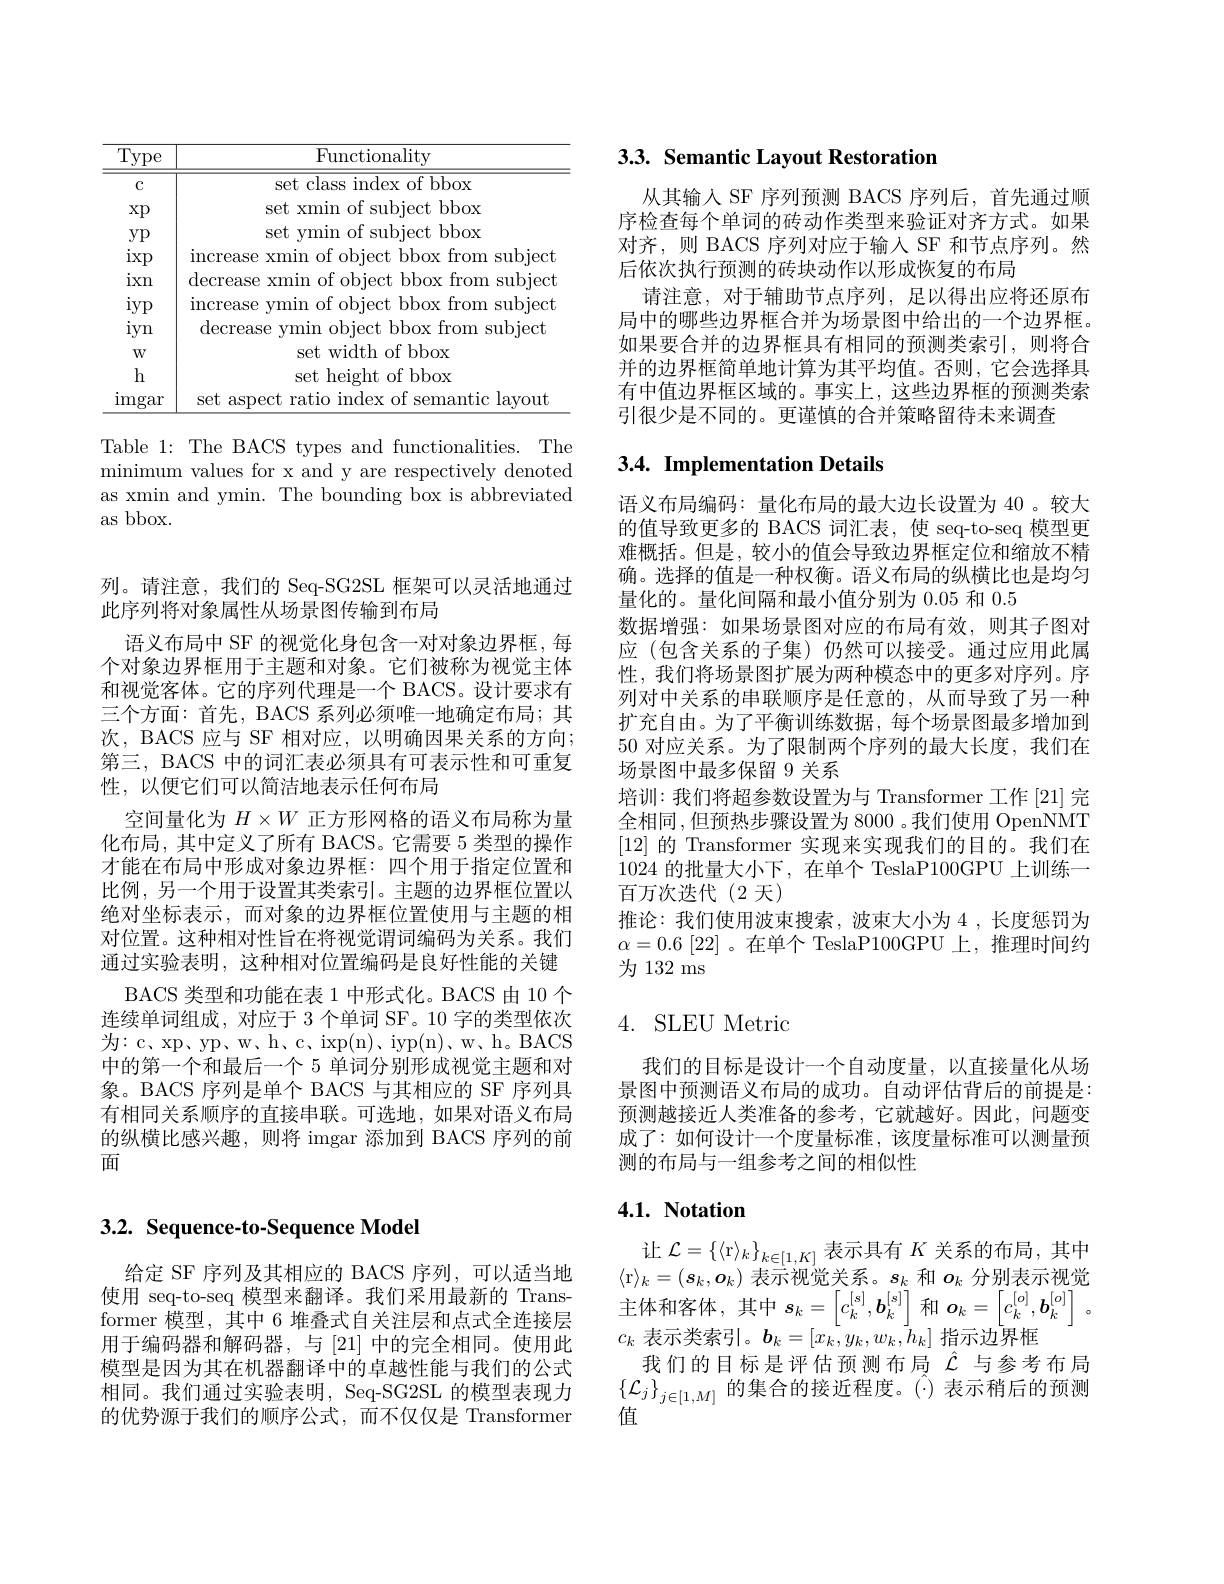
<table>
	<tbody>
		<tr>
			<th>$\underline{Type}$</th>
			<th>Functionality</th>
		</tr>
		<tr>
			<td>C</td>
			<td>set class index of bbox</td>
		</tr>
		<tr>
			<td>$Xp$</td>
			<td>set xmin of subject bbox</td>
		</tr>
		<tr>
			<td>$yp$</td>
			<td>set ymin of subject bbox</td>
		</tr>
		<tr>
			<td>$\operatorname{ixp}$</td>
			<td>crease xmin of object bbox from subject </td>
		</tr>
		<tr>
			<td>ixn</td>
			<td>crease xmin of object bbox from subject</td>
		</tr>
		<tr>
			<td>$1^{\cdot}$</td>
			<td>of obiect bbox from subject rease min </td>
		</tr>
		<tr>
			<td>$0\bot$ iyn</td>
			<td>ecrease ymin object bbox from subject</td>
		</tr>
		<tr>
			<td>$W$</td>
			<td>set width of bbox</td>
		</tr>
		<tr>
			<td>h</td>
			<td>set height of bbox</td>
		</tr>
		<tr>
			<td>$\operatorname{imgar}$</td>
			<td>t aspect ratio index of semantic lavout</td>
		</tr>
	</tbody>
</table>

Table 1: The BACS types and functionalities. The minimum values for x and y are respectively denoted as xmin and ymin. The bounding box is abbreviated as bbox.

列。请注意，我们的 Seq-SG2SL 框架可以灵活地通过
此序列将对象属性从场景图传输到布局
语义布局中 SF 的视觉化身包含一对对象边界框，每个对象边界框用于主题和对象。它们被称为视觉主体和视觉客体。它的序列代理是一个 BACS。设计要求有三个方面：首先，BACS 系列必须唯一地确定布局；其次，BACS 应与 SF 相对应，以明确因果关系的方向； 第三，BACS 中的词汇表必须具有可表示性和可重复性，以便它们可以简洁地表示任何布局
空间量化为$H\times W$正方形网格的语义布局称为量化布局，其中定义了所有 BACS。它需要 5 类型的操作才能在布局中形成对象边界框：四个用于指定位置和比例，另一个用于设置其类索引。主题的边界框位置以绝对坐标表示，而对象的边界框位置使用与主题的相对位置。这种相对性旨在将视觉谓词编码为关系。我们通过实验表明，这种相对位置编码是良好性能的关键
BACS 类型和功能在表 1 中形式化。BACS 由 10 个连续单词组成，对应于 3 个单词 SF。10 字的类型依次为：c、xp、yp、w、h、c、ixp(n)、iyp(n)、w、h。BACS 中的第一个和最后一个 5 单词分别形成视觉主题和对象。BACS 序列是单个 BACS 与其相应的 SF 序列具有相同关系顺序的直接串联。可选地，如果对语义布局的纵横比感兴趣，则将 imgar 添加到 BACS 序列的前面

## 3.2. Sequence-to-Sequence Model

给定 SF 序列及其相应的 BACS 序列，可以适当地使用 seq-to-seq 模型来翻译。我们采用最新的 Transformer 模型，其中 6 堆叠式自关注层和点式全连接层用于编码器和解码器，与[21]中的完全相同。使用此模型是因为其在机器翻译中的卓越性能与我们的公式相同。我们通过实验表明，Seq-SG2SL 的模型表现力的优势源于我们的顺序公式，而不仅仅是 Transformer

# 3.3. Semantic Layout Restoration

从其输入 SF 序列预测 BACS 序列后，首先通过顺序检查每个单词的砖动作类型来验证对齐方式。如果对齐，则 BACS 序列对应于输人 SF 和节点序列。然后依次执行预测的砖块动作以形成恢复的布局
请注意，对于辅助节点序列，足以得出应将还原布局中的哪些边界框合并为场景图中给出的一个边界框。如果要合并的边界框具有相同的预测类索引，则将合并的边界框简单地计算为其平均值。否则，它会选择具有中值边界框区域的。事实上，这些边界框的预测类索引很少是不同的。更谨慎的合并策略留待未来调查

## 3.4. Implementation Details

语义布局编码：量化布局的最大边长设置为 40 。较大的值导致更多的 BACS 词汇表，使 seq-to-seq 模型更难概括。但是，较小的值会导致边界框定位和缩放不精确。选择的值是一种权衡。语义布局的纵横比也是均匀量化的。量化间隔和最小值分别为 0.05 和 0.5
数据增强：如果场景图对应的布局有效，则其子图对应 (包含关系的子集)仍然可以接受。通过应用此属性，我们将场景图扩展为两种模态中的更多对序列。序列对中关系的串联顺序是任意的，从而导致了另一种扩充自由。为了平衡训练数据，每个场景图最多增加到50对应关系。为了限制两个序列的最大长度，我们在场景图中最多保留 9 关系
培训：我们将超参数设置为与 Transformer 工作 [21] 完全相同，但预热步骤设置为 8000 。我们使用 OpenNMT [12]的 Transformer 实现来实现我们的目的。我们在1024的批量大小下，在单个 TeslaP100GPU 上训练一$\mathop{\text{百万次迭代(2 天)}}$
推论：我们使用波束搜索，波束大小为 4 ,长度惩罚为$\alpha=0.6[22]$ 。在单个 TeslaP100GPU 上，推理时间约为 132 ms

## 4. SLEU Metric

我们的目标是设计一个自动度量，以直接量化从场景图中预测语义布局的成功。自动评估背后的前提是： 预测越接近人类准备的参考，它就越好。因此，问题变成了：如何设计一个度量标准，该度量标准可以测量预测的布局与一组参考之间的相似性

## $4. 1. \textbf{ Notation}$

让$\mathcal{L}=\{\langle$r$\rangle_k\}_k\in[1,K]$表示具有$K$关系的布局，其中$\langle$r$\rangle_k=(\boldsymbol{s}_k,\boldsymbol{o}_k)$表示视觉关系。$s_k$和$\boldsymbol o_k$分别表示视觉主体和客体，其中$s_k=\left[c_k^{[s]},\boldsymbol{b}_k^{[s]}\right]$和$\boldsymbol o_k=\left[c_k^{[o]},\boldsymbol{b}_k^{[o]}\right]$。$c_k$表示类索引。$\boldsymbol b_k=[x_k,y_k,w_k,h_k]$指示边界框
我们的目标是评估预测布局$\hat{\mathcal{L}}$与参考布局$\left\{\mathcal{L}_j\right\}_{j\in[1,M]}$的集合的接近程度。(-)表示稍后的预测值